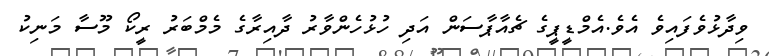
ވިދާޅުވެފައިވެ އެވެ.އެމްޑީޕީގެ ޗެއާޕާސަން އަދި ހުޅުހެންވާރު ދާއިރާގެ މެމްބަރު ރީކޯ މޫސާ މަނިކު